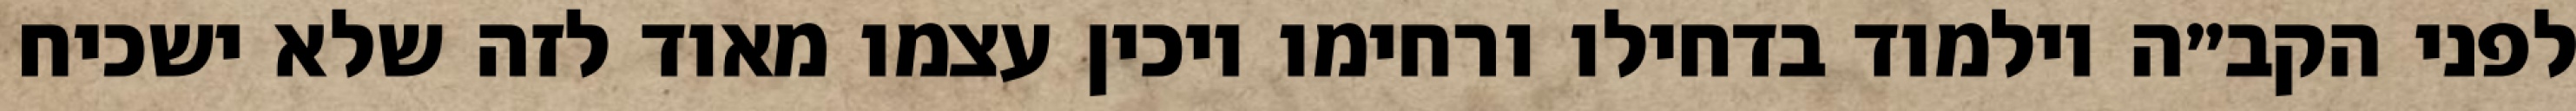
לפני הקב״ה וילמוד בדחילו ורחימו ויכין עצמו מאוד לזה שלא ישכיח